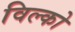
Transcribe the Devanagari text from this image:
विल्को